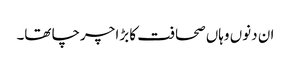
ان دنوں وہاں صحافت کا بڑا چرچا تھا۔